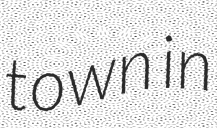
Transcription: town in